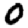
Digit: 0